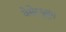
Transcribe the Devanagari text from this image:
वेसेऱ्युबुंग